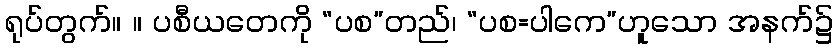
ရုပ်တွက်။ ။ ပစီယတေကို “ပစ”တည်၊ “ပစ=ပါကေ”ဟူသော အနက်၌